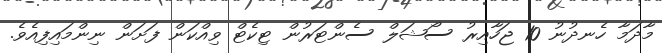
މާދަމާ ހެނދުނު 10 ޖަހާއިރު ސޯޝަލް ސެންޓަރުން ޓިކެޓް ވިއްކަން ފަށަން ނިންމައިފިއެވެ.